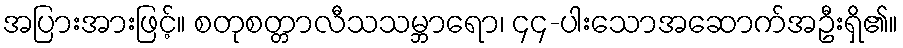
အပြားအားဖြင့်။ စတုစတ္တာလီသသမ္ဘာရော၊ ၄၄-ပါးသောအဆောက်အဦးရှိ၏။